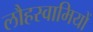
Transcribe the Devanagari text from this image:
लौहस्वामियों